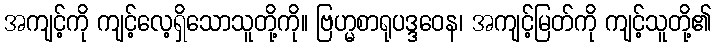
အကျင့်ကို ကျင့်လေ့ရှိသောသူတို့ကို။ ဗြဟ္မစာရုပဒ္ဒဝေန၊ အကျင့်မြတ်ကို ကျင့်သူတို့၏